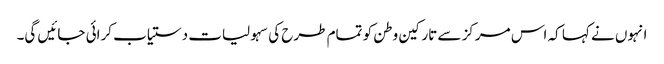
انہوں نے کہا کہ اس مرکز سے تارکین وطن کو تمام طرح کی سہولیات دستیاب کرائی جائیں گی۔